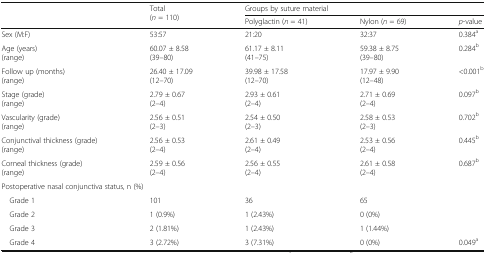
<table><thead><tr><td rowspan="2"></td><td rowspan="2"><b>Total (<i>n</i> = 110)</b></td><td colspan="3"><b>Groups by suture material</b></td></tr><tr><td><b>Polyglactin (<i>n</i> = 41)</b></td><td><b>Nylon (<i>n</i> = 69)</b></td><td><b><i>p</i>-value</b></td></tr></thead><tbody><tr><td>Sex (M:F)</td><td>53:57</td><td>21:20</td><td>32:37</td><td>0.384<sup>a</sup></td></tr><tr><td>Age (years)(range)</td><td>60.07 ± 8.58(39–80)</td><td>61.17 ± 8.11(41–75)</td><td>59.38 ± 8.75(39–80)</td><td>0.284<sup>b</sup></td></tr><tr><td>Follow up (months)(range)</td><td>26.40 ± 17.09 (12–70)</td><td>39.98 ± 17.58(12–70)</td><td>17.97 ± 9.90(12–48)</td><td>&lt;0.001<sup>b</sup></td></tr><tr><td>Stage (grade)(range)</td><td>2.79 ± 0.67(2–4)</td><td>2.93 ± 0.61(2–4)</td><td>2.71 ± 0.69(2–4)</td><td>0.097<sup>b</sup></td></tr><tr><td>Vascularity (grade)(range)</td><td>2.56 ± 0.51(2–3)</td><td>2.54 ± 0.50(2–3)</td><td>2.58 ± 0.53(2–3)</td><td>0.702<sup>b</sup></td></tr><tr><td>Conjunctival thickness (grade)(range)</td><td>2.56 ± 0.53(2–4)</td><td>2.61 ± 0.49(2–4)</td><td>2.53 ± 0.56(2–4)</td><td>0.445<sup>b</sup></td></tr><tr><td>Corneal thickness (grade)(range)</td><td>2.59 ± 0.56(2–4)</td><td>2.56 ± 0.55(2–4)</td><td>2.61 ± 0.58(2–4)</td><td>0.687<sup>b</sup></td></tr><tr><td colspan="5">Postoperative nasal conjunctiva status, n (%)</td></tr><tr><td> Grade 1</td><td>101</td><td>36</td><td>65</td><td></td></tr><tr><td> Grade 2</td><td>1 (0.9%)</td><td>1 (2.43%)</td><td>0 (0%)</td><td></td></tr><tr><td> Grade 3</td><td>2 (1.81%)</td><td>1 (2.43%)</td><td>1 (1.44%)</td><td></td></tr><tr><td> Grade 4</td><td>3 (2.72%)</td><td>3 (7.31%)</td><td>0 (0%)</td><td>0.049<sup>a</sup></td></tr></tbody></table>